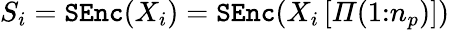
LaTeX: \begin{array}{r}{S_{i}=\mathtt{SEnc}(X_{i})=\mathtt{SEnc}(X_{i}\left[\varPi(1{:}n_{p})\right])}\end{array}